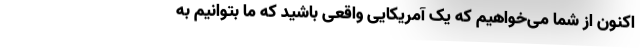
اکنون از شما می‌خواهیم که یک آمریکایی واقعی باشید که ما بتوانیم به